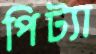
পিট্যা